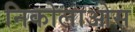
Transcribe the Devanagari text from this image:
निकोलाओस